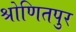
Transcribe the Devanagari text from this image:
श्रोणितपुर